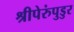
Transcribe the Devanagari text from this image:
श्रीपेरुंपुडुर